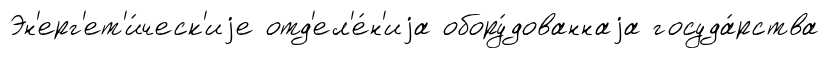
Эн'ерг'ет'и́ческ'иjе отд'ел'е́н'иjа обору́дованнаjа госуда́рства